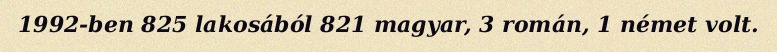
1992-ben 825 lakosából 821 magyar, 3 román, 1 német volt.